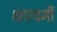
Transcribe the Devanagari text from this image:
क्षारधर्मी